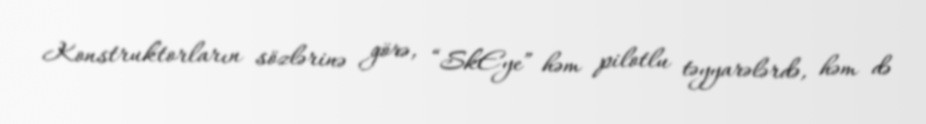
Konstruktorların sözlərinə görə, “SkEye” həm pilotlu təyyarələrdə, həm də